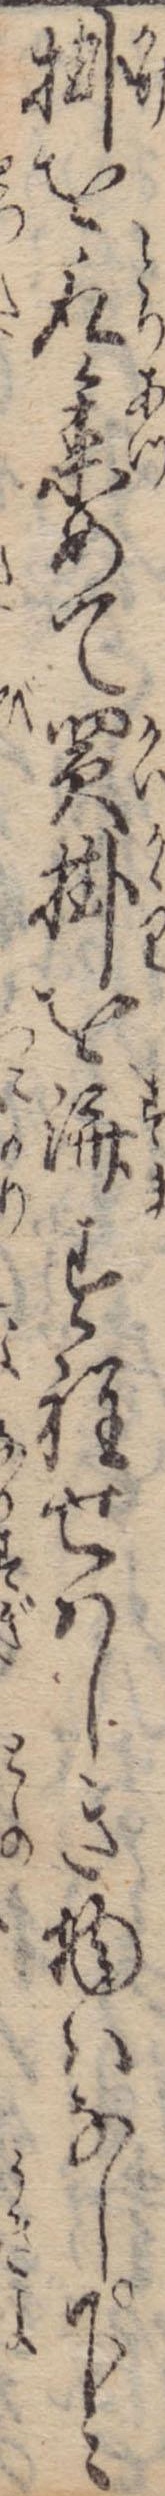
掛を取集めて買掛を済す程せはしき物はなし下々